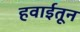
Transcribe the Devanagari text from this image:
हवाईतून